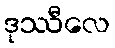
ဒုဿီလေ